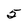
Character: 5